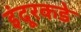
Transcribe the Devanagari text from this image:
इंदूरकडे